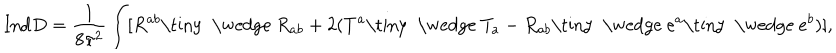
LaTeX: { \mathrm { I n d } } D = \frac { 1 } { 8 \pi ^ { 2 } } \int [ R ^ { a b } \mathrm { \tiny ~ \wedge ~ } R _ { a b } + 2 ( T ^ { a } \mathrm { \tiny ~ \wedge ~ } T _ { a } - R _ { a b } \mathrm { \tiny ~ \wedge ~ } e ^ { a } \mathrm { \tiny ~ \wedge ~ } e ^ { b } ) ] ,